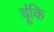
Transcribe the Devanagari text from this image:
चूंकि